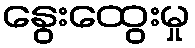
နွေးထွေးမှု